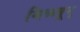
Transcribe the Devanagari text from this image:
मिळवून्